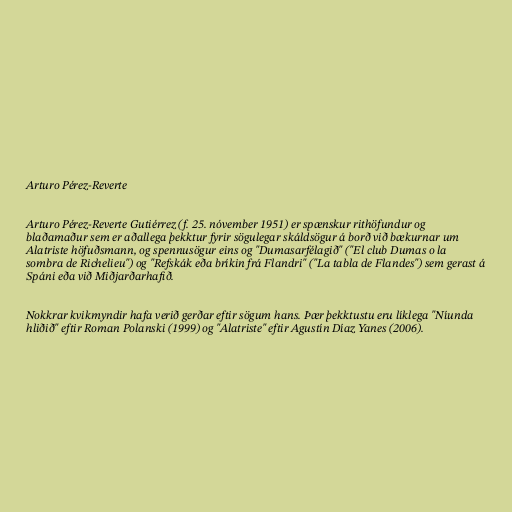
Arturo Pérez-Reverte

Arturo Pérez-Reverte Gutiérrez (f. 25. nóvember 1951) er spænskur rithöfundur og
blaðamaður sem er aðallega þekktur fyrir sögulegar skáldsögur á borð við bækurnar um
Alatriste höfuðsmann, og spennusögur eins og "Dumasarfélagið" ("El club Dumas o la
sombra de Richelieu") og "Refskák eða bríkin frá Flandri" ("La tabla de Flandes") sem gerast á
Spáni eða við Miðjarðarhafið.

Nokkrar kvikmyndir hafa verið gerðar eftir sögum hans. Þær þekktustu eru líklega "Níunda
hliðið" eftir Roman Polanski (1999) og "Alatriste" eftir Agustín Díaz Yanes (2006).